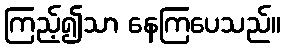
ကြည့်၍သာ နေကြပေသည်။